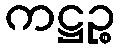
ကဋ္ဌဉ္စ